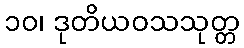
၁၀၊ ဒုတိယဝသသုတ္တ